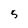
Character: 5